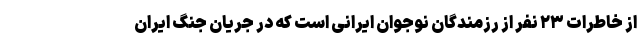
از خاطرات ۲۳ نفر از رزمندگان نوجوان ایرانی است که در جریان جنگ ایران